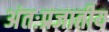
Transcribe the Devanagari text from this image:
अंतःप्रजातीय